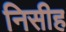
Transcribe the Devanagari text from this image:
निसीह